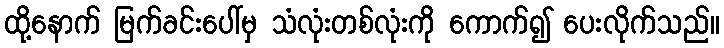
ထို့နောက် မြက်ခင်းပေါ်မှ သံလုံးတစ်လုံးကို ကောက်၍ ပေးလိုက်သည်။